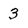
Character: 3